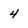
Character: 4